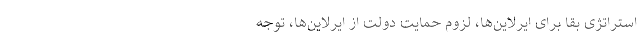
استراتژی بقا برای ایرلاین‌ها، لزوم حمایت دولت از ایرلاین‌ها، توجه